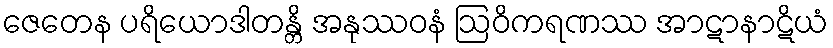
ဇေတေန ပရိယောဒါတန္တိ အနုဿဝနံ ဩဝိကရဏဿ အာဋာနာဋိယံ